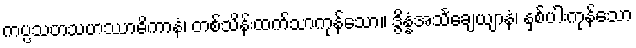
ကပ္ပသတသဟဿာဓိကာနံ၊ တစ်သိန်းထက်သာကုန်သော။ ဒွိန္နံအသင်္ချေယျာနံ၊ နှစ်ပါးကုန်သော